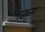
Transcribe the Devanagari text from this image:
रक्कमा